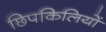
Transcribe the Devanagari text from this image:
छिपकिलियों